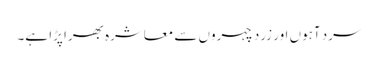
سرد آہوں اور زرد چہروں سے معاشرہ بھرا پڑا ہے۔